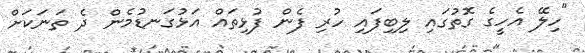
"ހިލޭ އެހީގެ ގޮތުގައި ލިބިފައި ހުރި ފެން ފުޅިތައް އަޅުގަނޑުމެން ދެ ތަނަކަށް